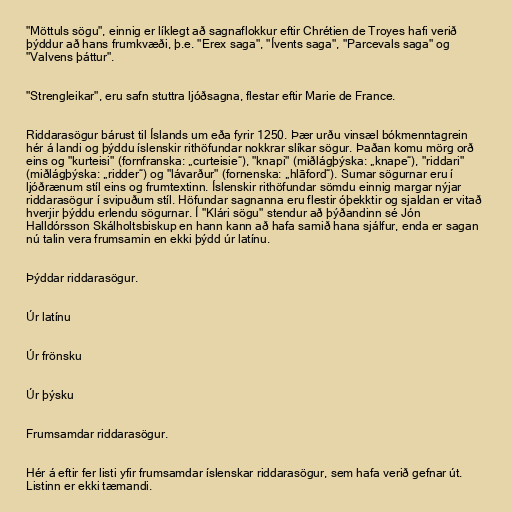
"Möttuls sögu", einnig er líklegt að sagnaflokkur eftir Chrétien de Troyes hafi verið
þýddur að hans frumkvæði, þ.e. "Erex saga", "Ívents saga", "Parcevals saga" og
"Valvens þáttur".

"Strengleikar", eru safn stuttra ljóðsagna, flestar eftir Marie de France.

Riddarasögur bárust til Íslands um eða fyrir 1250. Þær urðu vinsæl bókmenntagrein
hér á landi og þýddu íslenskir rithöfundar nokkrar slíkar sögur. Þaðan komu mörg orð
eins og "kurteisi" (fornfranska: „curteisie“), "knapi" (miðlágþýska: „knape“), "riddari"
(miðlágþýska: „ridder“) og "lávarður" (fornenska: „hlāford“). Sumar sögurnar eru í
ljóðrænum stíl eins og frumtextinn. Íslenskir rithöfundar sömdu einnig margar nýjar
riddarasögur í svipuðum stíl. Höfundar sagnanna eru flestir óþekktir og sjaldan er vitað
hverjir þýddu erlendu sögurnar. Í "Klári sögu" stendur að þýðandinn sé Jón
Halldórsson Skálholtsbiskup en hann kann að hafa samið hana sjálfur, enda er sagan
nú talin vera frumsamin en ekki þýdd úr latínu.

Þýddar riddarasögur.

Úr latínu

Úr frönsku

Úr þýsku

Frumsamdar riddarasögur.

Hér á eftir fer listi yfir frumsamdar íslenskar riddarasögur, sem hafa verið gefnar út.
Listinn er ekki tæmandi.